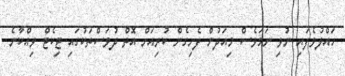
ހައްލުވެފައި ނުވި ނަމަވެސް މިއަދުން ފެށިގެން ކުރިއަށް އޮތް ދުވަސްތަކުގައި ޓިކެޓް ވިއްކާނެ